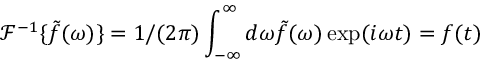
\mathcal { F } ^ { - 1 } \{ \tilde { f } ( \omega ) \} = 1 / ( 2 \pi ) \int _ { - \infty } ^ { \infty } d \omega \tilde { f } ( \omega ) \exp ( i \omega t ) = f ( t )